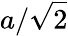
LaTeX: a/\sqrt 2